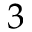
3